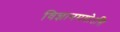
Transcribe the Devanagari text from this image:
विज्ञानमयोऽसि